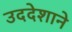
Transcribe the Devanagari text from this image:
उददेशाने